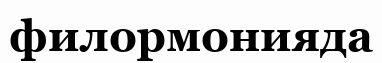
филормонияда